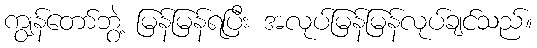
ကျွန်တော်ဘွဲ့ မြန်မြန်ရပြီး အလုပ်မြန်မြန်လုပ်ချင်သည်။